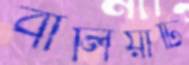
বালিয়াটি